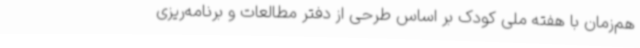
هم‌زمان با هفته ملی کودک بر اساس طرحی از دفتر مطالعات و برنامه‌ریزی